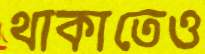
থাকাতেও